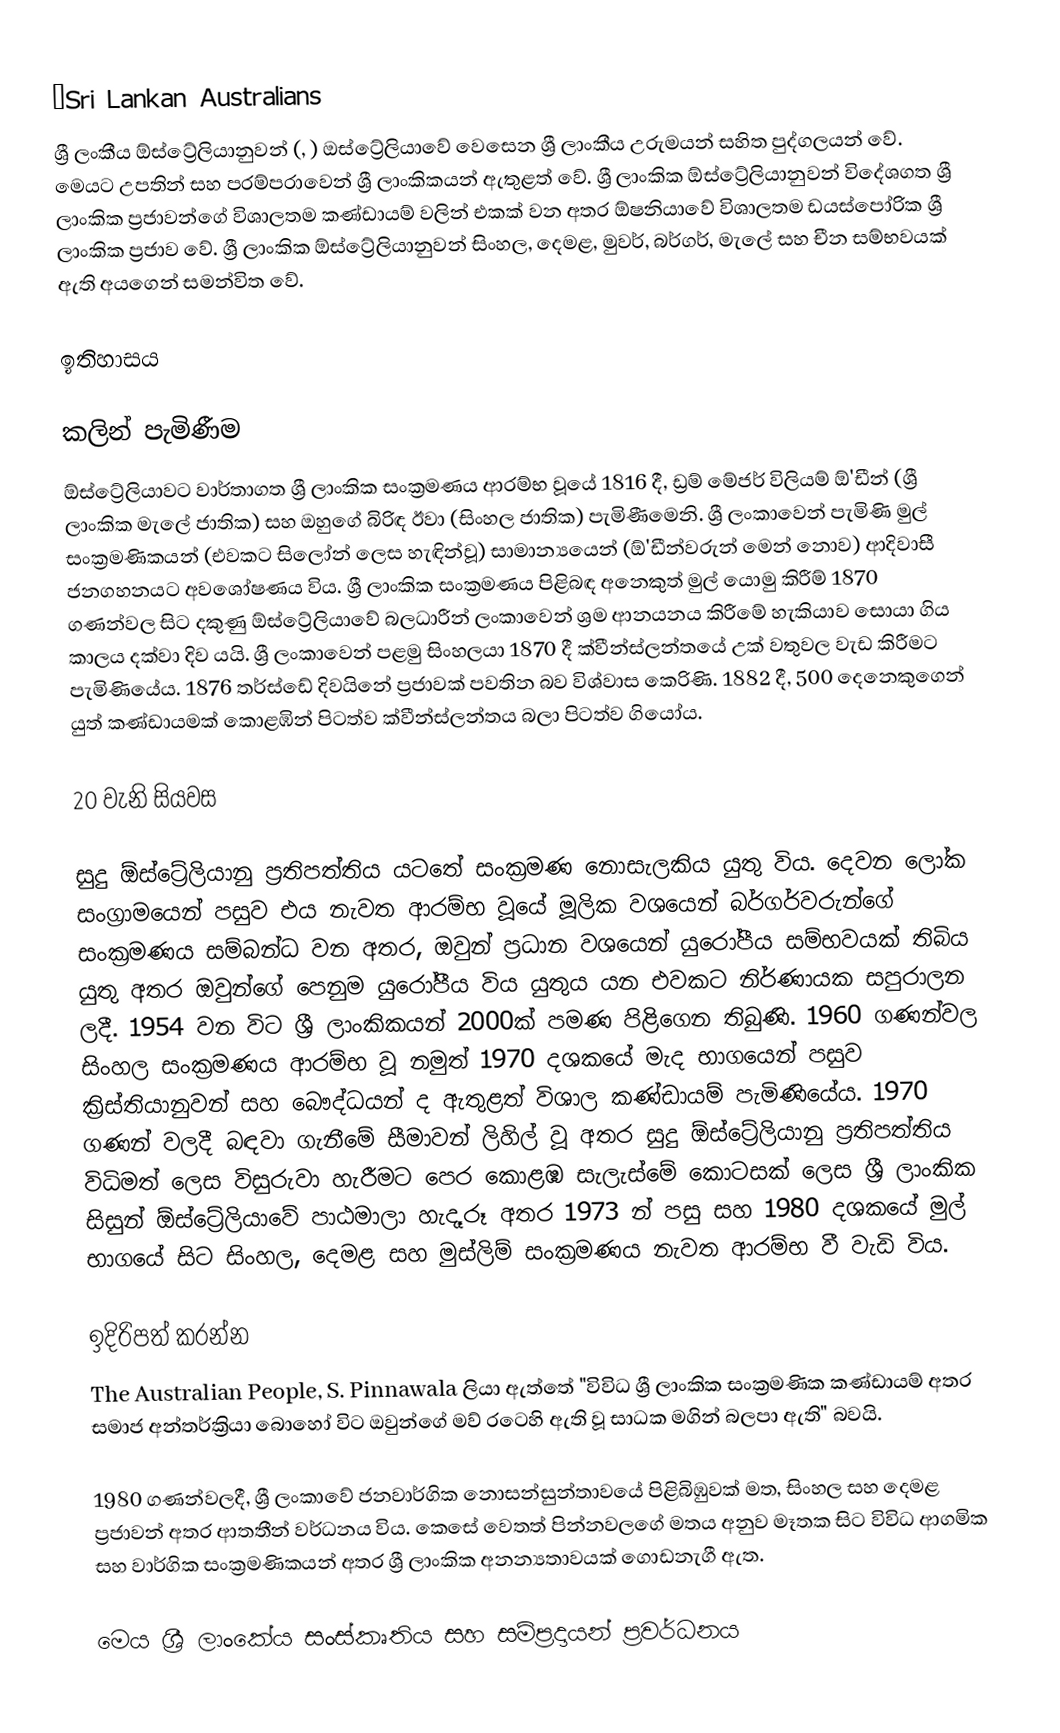
ΒSri Lankan Australians
ශ්‍රී ලංකීය ඕස්ට්‍රේලියානුවන් (, ) ඔස්ට්‍රේලියාවේ වෙසෙන ශ්‍රී ලාංකීය උරුමයන් සහිත පුද්ගලයන් වේ. මෙයට උපතින් සහ පරම්පරාවෙන් ශ්‍රී ලාංකිකයන් ඇතුළත් වේ. ශ්‍රී ලාංකික ඕස්ට්‍රේලියානුවන් විදේශගත ශ්‍රී ලාංකික ප්‍රජාවන්ගේ විශාලතම කණ්ඩායම් වලින් එකක් වන අතර ඕෂනියාවේ විශාලතම ඩයස්පෝරික ශ්‍රී ලාංකික ප්‍රජාව වේ. ශ්‍රී ලාංකික ඕස්ට්‍රේලියානුවන් සිංහල, දෙමළ, මුවර්, බර්ගර්, මැලේ සහ චීන සම්භවයක් ඇති අයගෙන් සමන්විත වේ.

ඉතිහාසය

කලින් පැමිණීම
ඕස්ට්‍රේලියාවට වාර්තාගත ශ්‍රී ලාංකික සංක්‍රමණය ආරම්භ වූයේ 1816 දී, ඩ්‍රම් මේජර් විලියම් ඕ'ඩීන් (ශ්‍රී ලාංකික මැලේ ජාතික) සහ ඔහුගේ බිරිඳ ඊවා (සිංහල ජාතික) පැමිණීමෙනි. ශ්‍රී ලංකාවෙන් පැමිණි මුල් සංක්‍රමණිකයන් (එවකට සිලෝන් ලෙස හැඳින්වූ) සාමාන්‍යයෙන් (ඕ'ඩීන්වරුන් මෙන් නොව) ආදිවාසී ජනගහනයට අවශෝෂණය විය. ශ්‍රී ලාංකික සංක්‍රමණය පිළිබඳ අනෙකුත් මුල් යොමු කිරීම් 1870 ගණන්වල සිට දකුණු ඕස්ට්‍රේලියාවේ බලධාරීන් ලංකාවෙන් ශ්‍රම ආනයනය කිරීමේ හැකියාව සොයා ගිය කාලය දක්වා දිව යයි. ශ්‍රී ලංකාවෙන් පළමු සිංහලයා 1870 දී ක්වීන්ස්ලන්තයේ උක් වතුවල වැඩ කිරීමට පැමිණියේය. 1876 තර්ස්ඩේ දිවයිනේ ප්‍රජාවක් පවතින බව විශ්වාස කෙරිණි. 1882 දී, 500 දෙනෙකුගෙන් යුත් කණ්ඩායමක් කොළඹින් පිටත්ව ක්වීන්ස්ලන්තය බලා පිටත්ව ගියෝය.

20 වැනි සියවස

සුදු ඕස්ට්‍රේලියානු ප්‍රතිපත්තිය යටතේ සංක්‍රමණ නොසැලකිය යුතු විය. දෙවන ලෝක සංග්‍රාමයෙන් පසුව එය නැවත ආරම්භ වූයේ මූලික වශයෙන් බර්ගර්වරුන්ගේ සංක්‍රමණය සම්බන්ධ වන අතර, ඔවුන් ප්‍රධාන වශයෙන් යුරෝපීය සම්භවයක් තිබිය යුතු අතර ඔවුන්ගේ පෙනුම යුරෝපීය විය යුතුය යන එවකට නිර්ණායක සපුරාලන ලදී. 1954 වන විට ශ්‍රී ලාංකිකයන් 2000ක් පමණ පිළිගෙන තිබුණි. 1960 ගණන්වල සිංහල සංක්‍රමණය ආරම්භ වූ නමුත් 1970 දශකයේ මැද භාගයෙන් පසුව ක්‍රිස්තියානුවන් සහ බෞද්ධයන් ද ඇතුළත් විශාල කණ්ඩායම් පැමිණියේය. 1970 ගණන් වලදී බඳවා ගැනීමේ සීමාවන් ලිහිල් වූ අතර සුදු ඕස්ට්‍රේලියානු ප්‍රතිපත්තිය විධිමත් ලෙස විසුරුවා හැරීමට පෙර කොළඹ සැලැස්මේ කොටසක් ලෙස ශ්‍රී ලාංකික සිසුන් ඕස්ට්‍රේලියාවේ පාඨමාලා හැදෑරූ අතර 1973 න් පසු සහ 1980 දශකයේ මුල් භාගයේ සිට සිංහල, දෙමළ සහ මුස්ලිම් සංක්‍රමණය නැවත ආරම්භ වී වැඩි විය.

ඉදිරිපත් කරන්න
The Australian People, S. Pinnawala ලියා ඇත්තේ "විවිධ ශ්‍රී ලාංකික සංක්‍රමණික කණ්ඩායම් අතර සමාජ අන්තර්ක්‍රියා බොහෝ විට ඔවුන්ගේ මව් රටෙහි ඇති වූ සාධක මගින් බලපා ඇති" බවයි.

1980 ගණන්වලදී, ශ්‍රී ලංකාවේ ජනවාර්ගික නොසන්සුන්තාවයේ පිළිබිඹුවක් මත, සිංහල සහ දෙමළ ප්‍රජාවන් අතර ආතතීන් වර්ධනය විය. කෙසේ වෙතත් පින්නවලගේ මතය අනුව මෑතක සිට විවිධ ආගමික සහ වාර්ගික සංක්‍රමණිකයන් අතර ශ්‍රී ලාංකික අනන්‍යතාවයක් ගොඩනැගී ඇත.

මෙය ශ්‍රී ලාංකේය සංස්කෘතිය සහ සම්ප්‍රදායන් ප්‍රවර්ධනය